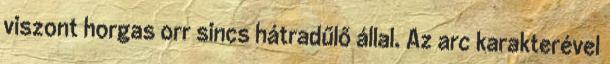
viszont horgas orr sincs hátradűlő állal. Az arc karakterével